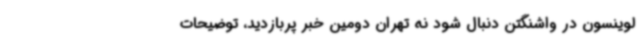
لوینسون در واشنگتن دنبال شود نه تهران دومین خبر پربازدید، توضیحات